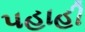
પહાહી